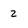
Character: 2